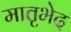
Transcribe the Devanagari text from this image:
मातृभेद